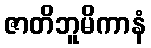
ဇာတိဘူမိကာနံ